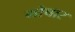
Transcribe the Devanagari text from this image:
गोचार